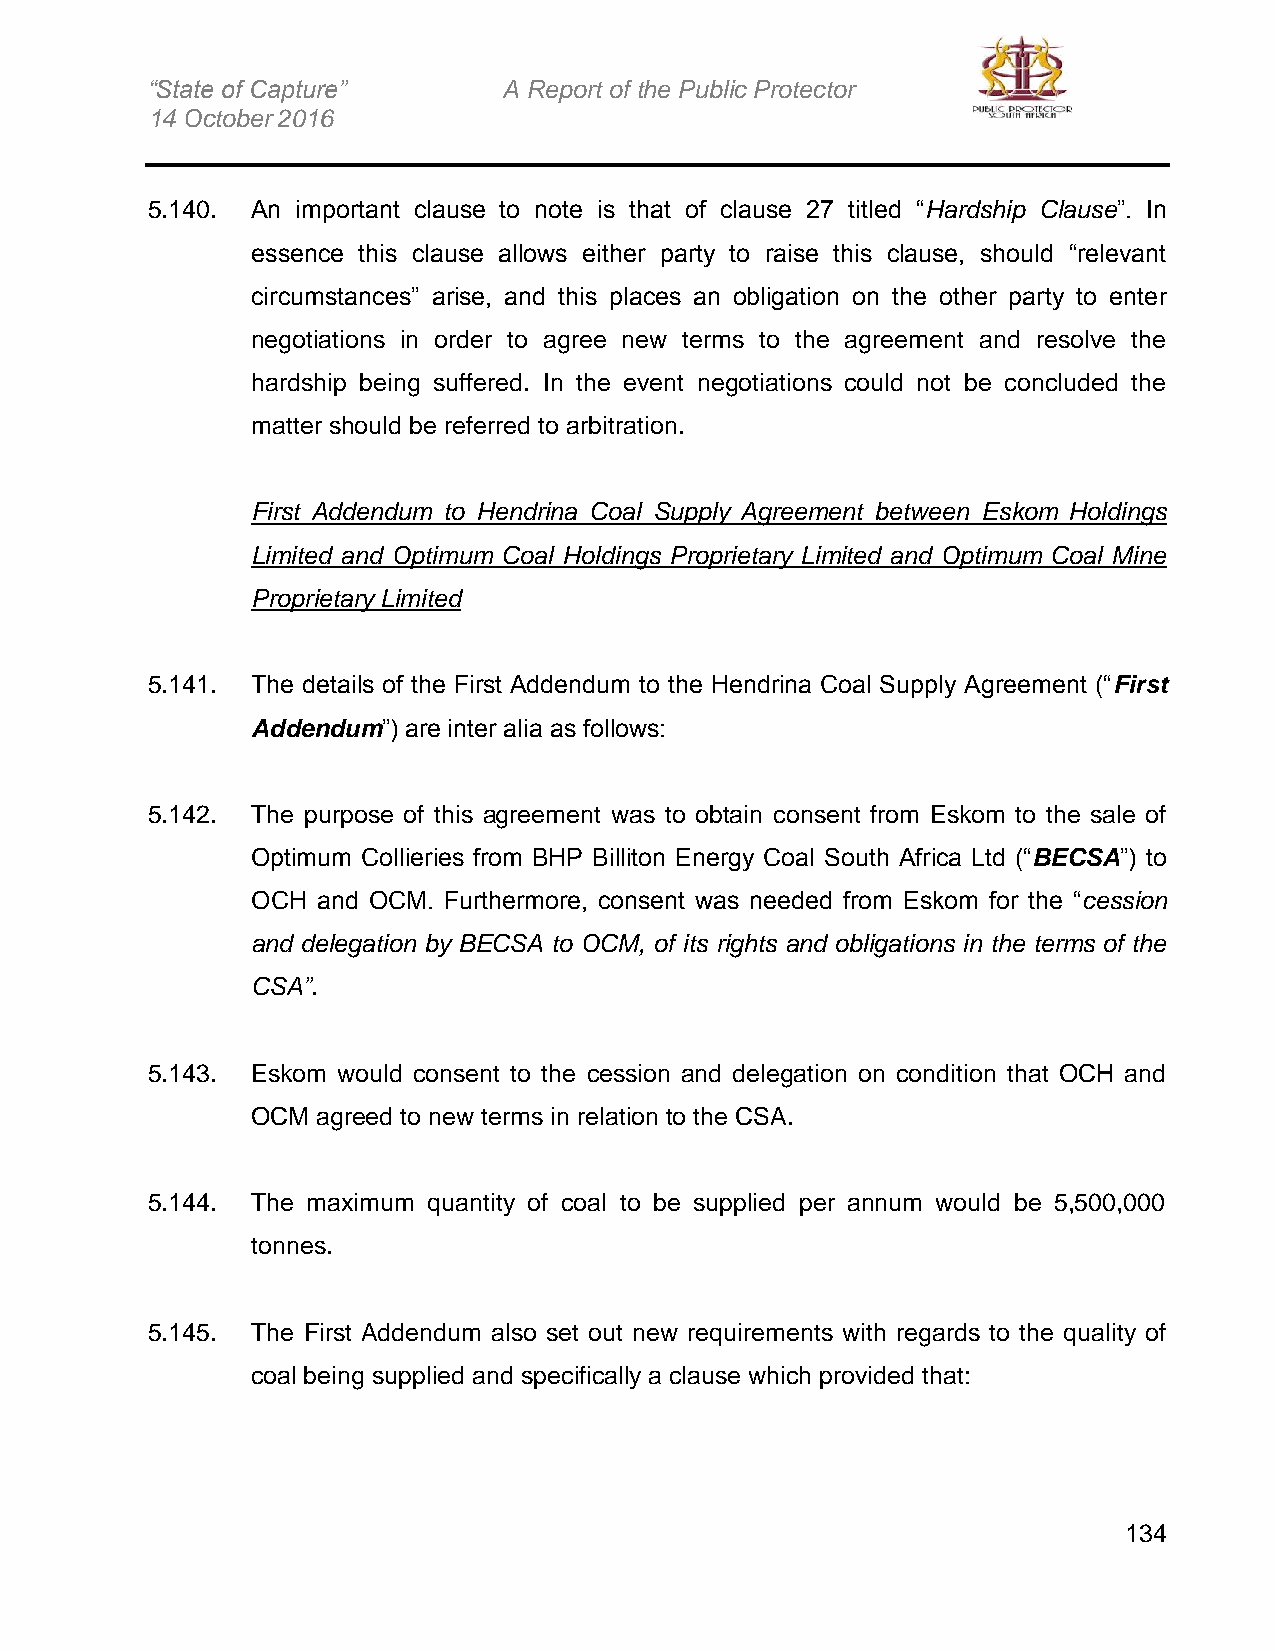
“State of Capture”     A Report of the Public Protector
 14 October 2016
 5.140. An important clause to note is that of clause 27 titled “Hardship Clause”. In
 essence this clause allows either party to raise this clause, should “relevant
 circumstances” arise, and this places an obligation on the other party to enter
 negotiations in order to agree new terms to the agreement and resolve the
 hardship being suffered. In the event negotiations could not be concluded the
 matter should be referred to arbitration.
 First Addendum to Hendrina Coal Supply Agreement between Eskom Holdings
 Limited and Optimum Coal Holdings Proprietary Limited and Optimum Coal Mine
 Proprietary Limited
 5.141. The details of the First Addendum to the Hendrina Coal Supply Agreement (“First
 Addendum”) are inter alia as follows:
 5.142. The purpose of this agreement was to obtain consent from Eskom to the sale of
 Optimum Collieries from BHP Billiton Energy Coal South Africa Ltd (“BECSA”) to
 OCH and OCM. Furthermore, consent was needed from Eskom for the “cession
 and delegation by BECSA to OCM, of its rights and obligations in the terms of the
 CSA”.
 5.143. Eskom would consent to the cession and delegation on condition that OCH and
 OCM agreed to new terms in relation to the CSA.
 5.144. The maximum quantity of coal to be supplied per annum would be 5,500,000
 tonnes.
 5.145. The First Addendum also set out new requirements with regards to the quality of
 coal being supplied and specifically a clause which provided that:
 134